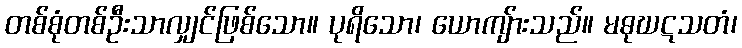
တစ်စုံတစ်ဦးသာလျှင်ဖြစ်သော။ ပုရိသော၊ ယောကျ်ားသည်။ မဓုဃဋသတံ၊